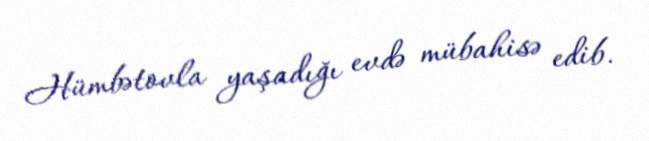
Hümbətovla yaşadığı evdə mübahisə edib.